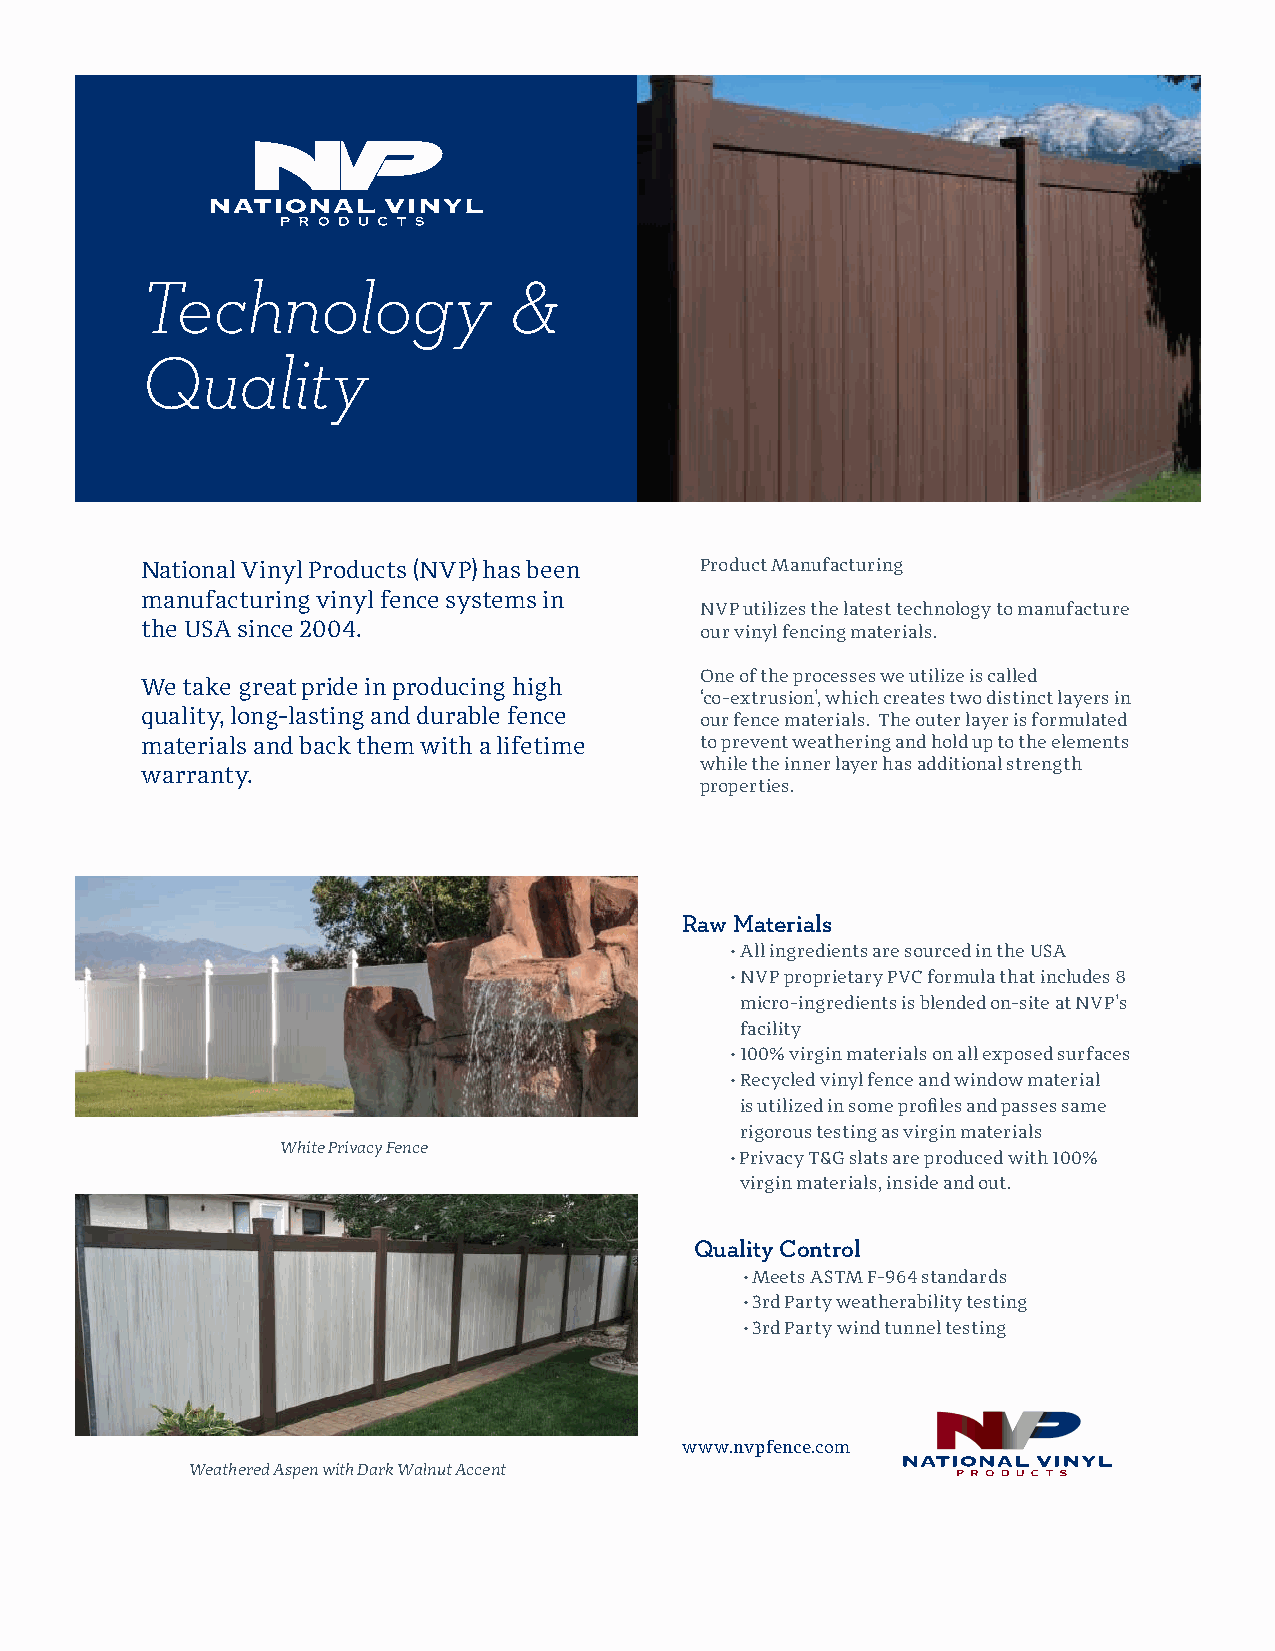
Technology               &
 Quality
 National Vinyl Products (NVP) has been Product Manufacturing
 manufacturing vinyl fence systems in
 NVP utilizes the latest technology to manufacture
 the USA since 2004.                  our vinyl fencing materials.
 One of the processes we utilize is called
 We take great pride in producing high
 ‘co-extrusion’, which creates two distinct layers in
 quality, long-lasting and durable fence our fence materials. The outer layer is formulated
 materials and back them with a lifetime to prevent weathering and hold up to the elements
 while the inner layer has additional strength
 warranty.
 properties.
 Raw Materials
 • All ingredients are sourced in the USA
 • NVP proprietary PVC formula that includes 8
 micro-ingredients is blended on-site at NVP’s
 facility
 • 100% virgin materials on all exposed surfaces
 • Recycled vinyl fence and window material
 is utilized in some profi les and passes same
 rigorous testing as virgin materials
 White Privacy Fence
 • Privacy T&G slats are produced with 100%
 virgin materials, inside and out.
 Quality Control
 • Meets ASTM F-964 standards
 • 3rd Party weatherability testing
 • 3rd Party wind tunnel testing
 www.nvpfence.com
 Weathered Aspen with Dark Walnut Accent